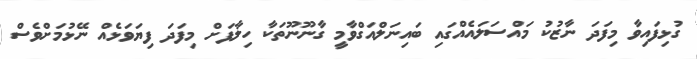
ގުޅިފައިވާ މިފަދަ ނާޒުކު މައްސަލައެއްގައި ބައިނަލްއަގްވާމީ ގާނޫނޫތަކާ ހިލާފަށް މިފަދަ ފިޔަވަޅެއް ނޭޅުމަށްވެސް